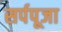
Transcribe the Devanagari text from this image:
सर्पपूजा